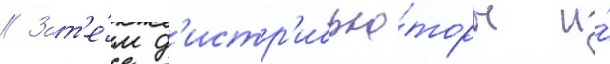
// Зат'е́м д'истр'ибью́торы и́